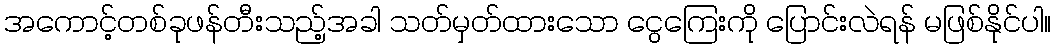
အကောင့်တစ်ခုဖန်တီးသည့်အခါ သတ်မှတ်ထားသော ငွေကြေးကို ပြောင်းလဲရန် မဖြစ်နိုင်ပါ။